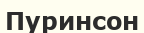
Пуринсон